Plague in India, 1896, 1897 - Volume 1
Year: 1896
Disease focus: Plague
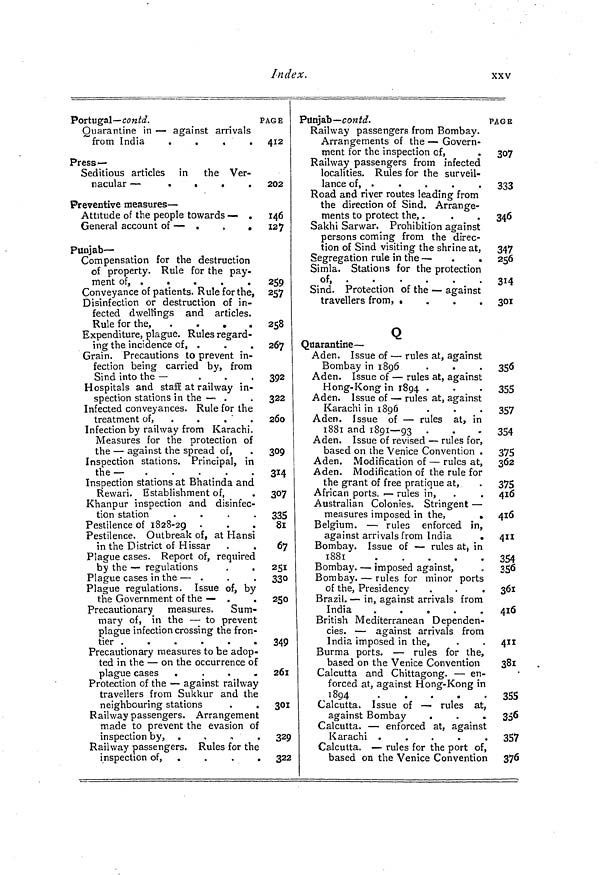
Index.
XXV
Portugal— contd.
Quarantine in — against arrivals
from India
.
.
.
.
Press—
Seditious articles in the Ver-
nacular —
•
.
Preventive measures —
Attitude of the people towards — .
General account of — .
.
.
Punjab-
Compensation for the destruction
of property. Rule for the pay-
ment of. .
•
•
.
.
Conveyance of patients. Rule for the,
Disinfection or destruction of in-
fected dwellings and articles.
Rule for the,
.
.
.
.
Expenditure, plague. Rules regard-
ing the incidence of, .
Grain. Precautions to prevent in-
fection being carried by, from
Sind into the —
.
.
.
Hospitals and staff at railway in-
spection stations in the — .
Infected conveyances. Rule for the
treatment of,
.
.
Infection by railway from Karachi.
Measures for the protection of
the — against the spread of,
Inspection stations. Principal, in
the—
.
.
.
.
Inspection stations at Bhatinda and
Rewari. Establishment of,
Khanpur inspection and disinfec-
tion station
.
.
.
.
Pestilence of 1828-29 •
Pestilence. Outbreak of, at Hansi
in the District of Hissar
Plague cases. Report of, required
by the — regulations
Plague cases in the — .
Plague regulations. Issue of, by
the Government of the — .
.
Precautionary measures.
Sum-
mary of, in the — to prevent
plague infection crossing the fron-
tier
Precautionary measures to be adop-
ted in the — on the occurrence of
plague cases .
.
.
.
Protection of the — against railway
travellers from Sukkur and the
neighbouring stations
Railway passengers. Arrangement
made to prevent the evasion of
inspection by, .
Railway passengers. Rules for the
inspection of,
PAGE
412
202
146
127
259
257
258
267
392
322
200
309
314
307
335
81
67
251
330
250
349
261
301
329
322
Punjab— contd.
Railway passengers from Bombay.
Arrangements of the — Govern-
ment for the inspection of,
Railway passengers from infected
localities. Rules for the surveil-
lance of, •
«
.
.
.
Road and river routes leading from
the direction of Sind. Arrange-
ments to protect the, .
Sakhi Sarwar. Prohibition against
persons coming from the direc-
tion of Sind visiting the shrine at,
Segregation rule in the —
.
.
Simla. Stations for the protection
of, v»j •
•
"
'
•
•
Sind. Protection of the — against
travellers from, .
.
.
.
Q
Quarantine—
Aden. Issue of — rules at, against
Bombay in 1896
Aden. Issue of — rules at, against
Hong-Kong in 1894 .
Aden. Issue of — rules at, against
Karachi in 1896
Aden. Issue of — rules at, in
1881 and 1891 — 93
Aden. Issue of revised — rules for,
based on the Venice Convention .
Aden. Modification of — rules at,
Aden. Modification of the rule for
the grant of free pratique at,
African ports. — rules in,
Australian Colonies. Stringent —
measures imposed in the,
.
Belgium. — rules enforced in,
against arrivals from India
.
Bombay. Issue of — rules at. in
1881
Bombay. — imposed against,
Bombay. — rules for minor ports
of the, Presidency
Brazil. — in, against arrivals from
India
.
.
.
.
.
British Mediterranean Dependen-
cies. — against arrivals from
India imposed in the,
Burma ports. — rules for the,
based on the Venice Convention
Calcutta and Chittagong. — en-
forced at, against Hong-Kong in
1894
Calcutta. Issue of — rules at,
against Bombay
.
Calcutta. — enforced at, against
Karachi .
Calcutta. — rules for the port of,
based on the Venice Convention
PAGE
307
002
333
346
347
256
314
O 1£ l
301
350
355
357
354
375
362
375
416
416
411
354
356
361
416
411
38i
355
356
357
376